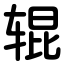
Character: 辊